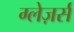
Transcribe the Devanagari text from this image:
ग्लेज़र्स